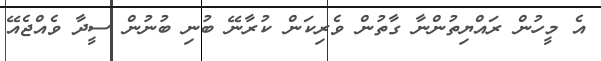
އެ މީހުން ރައްޔިތުންނާ ގާތުން ވެރިކަން ކުރާނޭ ބުނި ބުނުން ސީދާ ވެއްޖެއޭ